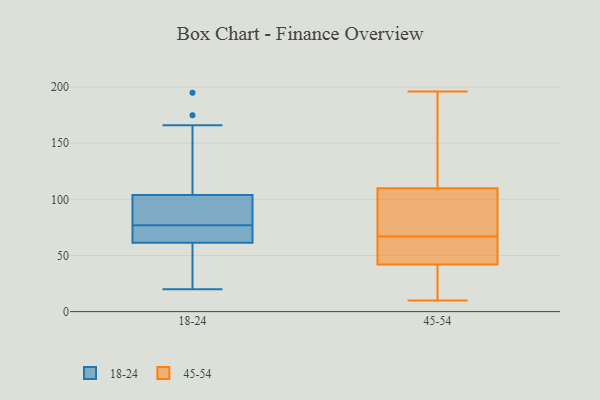
{"axis": {"x": "Demand Index", "y": "Value"}, "legend": ["18-24", "45-54"], "data": [{"x": "", "y": 104, "type": "18-24"}, {"x": "", "y": 195, "type": "18-24"}, {"x": "", "y": 97, "type": "18-24"}, {"x": "", "y": 55, "type": "18-24"}, {"x": "", "y": 66, "type": "18-24"}, {"x": "", "y": 77, "type": "18-24"}, {"x": "", "y": 21, "type": "18-24"}, {"x": "", "y": 61, "type": "18-24"}, {"x": "", "y": 104, "type": "18-24"}, {"x": "", "y": 20, "type": "18-24"}, {"x": "", "y": 94, "type": "18-24"}, {"x": "", "y": 166, "type": "18-24"}, {"x": "", "y": 66, "type": "18-24"}, {"x": "", "y": 175, "type": "18-24"}, {"x": "", "y": 89, "type": "18-24"}, {"x": "", "y": 23, "type": "18-24"}, {"x": "", "y": 159, "type": "18-24"}, {"x": "", "y": 62, "type": "18-24"}, {"x": "", "y": 66, "type": "18-24"}, {"x": "", "y": 86, "type": "45-54"}, {"x": "", "y": 99, "type": "45-54"}, {"x": "", "y": 63, "type": "45-54"}, {"x": "", "y": 53, "type": "45-54"}, {"x": "", "y": 19, "type": "45-54"}, {"x": "", "y": 196, "type": "45-54"}, {"x": "", "y": 42, "type": "45-54"}, {"x": "", "y": 51, "type": "45-54"}, {"x": "", "y": 50, "type": "45-54"}, {"x": "", "y": 158, "type": "45-54"}, {"x": "", "y": 13, "type": "45-54"}, {"x": "", "y": 120, "type": "45-54"}, {"x": "", "y": 81, "type": "45-54"}, {"x": "", "y": 10, "type": "45-54"}, {"x": "", "y": 161, "type": "45-54"}, {"x": "", "y": 25, "type": "45-54"}, {"x": "", "y": 71, "type": "45-54"}, {"x": "", "y": 110, "type": "45-54"}]}